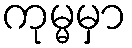
ကုမ္မမှာ